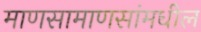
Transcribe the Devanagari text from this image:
माणसामाणसांमधील